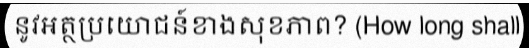
នូវអត្ថប្រយោជន៍ខាងសុខភាព? (How long shall